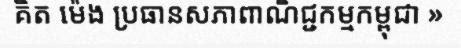
គិត ម៉េង ប្រធានសភាពាណិជ្ជកម្មកម្ពុជា »